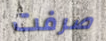
صرفت